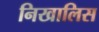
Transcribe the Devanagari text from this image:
निखालिस